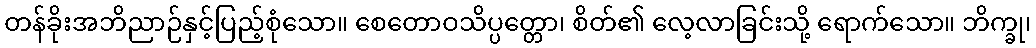
တန်ခိုးအဘိညာဉ်နှင့်ပြည့်စုံသော။ စေတောဝသိပ္ပတ္တော၊ စိတ်၏ လေ့လာခြင်းသို့ ရောက်သော။ ဘိက္ခု၊